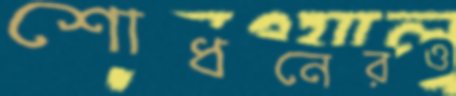
শোধনেরও